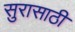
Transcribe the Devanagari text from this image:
सुरासाठी